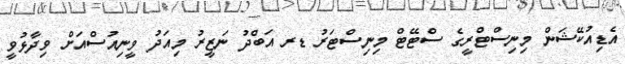
އެޑިއުކޭޝަން މިނިސްޓްރީގެ ސްޓޭޓް މިނިސްޓަރު ޑރ އަބްދު ނަޒީރު މިއަދު ވީނިއުސްއަށް ވިދާޅުވީ